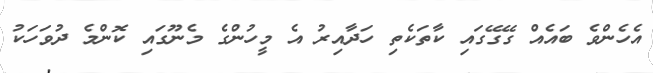
އެހެންްވެ ބައެއް ގޭގޭގައި ކާތަކެތި ހަދާއިރު އެ މީހުންްގެ މެނޫގައި ކޮންމެ ދުވަހަކު